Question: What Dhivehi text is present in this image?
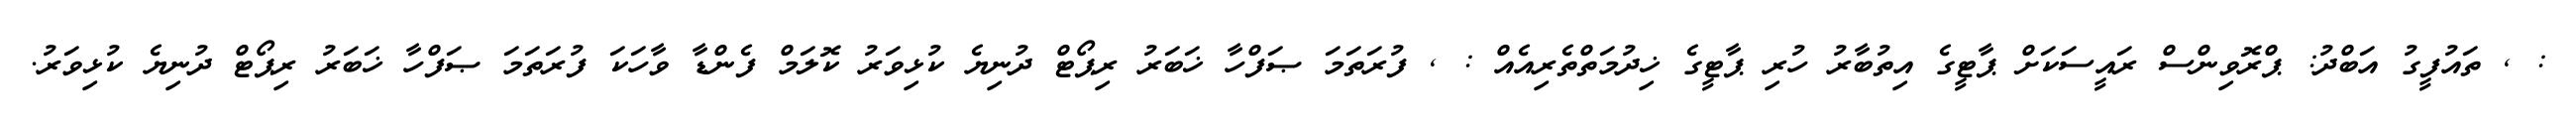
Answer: : , ތައުފީގު އަބްދު: ޕްރޮވިންސް ރައީސަކަށް ޕާޓީގެ އިތުބާރު ހުރި ޕާޓީގެ ޚިދުމަތްތެރިއެއް : , ފުރަތަމަ ޞަފްހާ ޚަބަރު ރިޕޯޓް ދުނިޔެ ކުޅިވަރު ކޮލަމް ފެންޑާ ވާހަކަ ފުރަތަމަ ޞަފްހާ ޚަބަރު ރިޕޯޓް ދުނިޔެ ކުޅިވަރު.